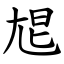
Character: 㞁